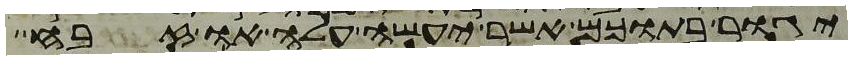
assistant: יגור בתוכם אשר יעשה עלה או זבח